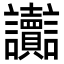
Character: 讟